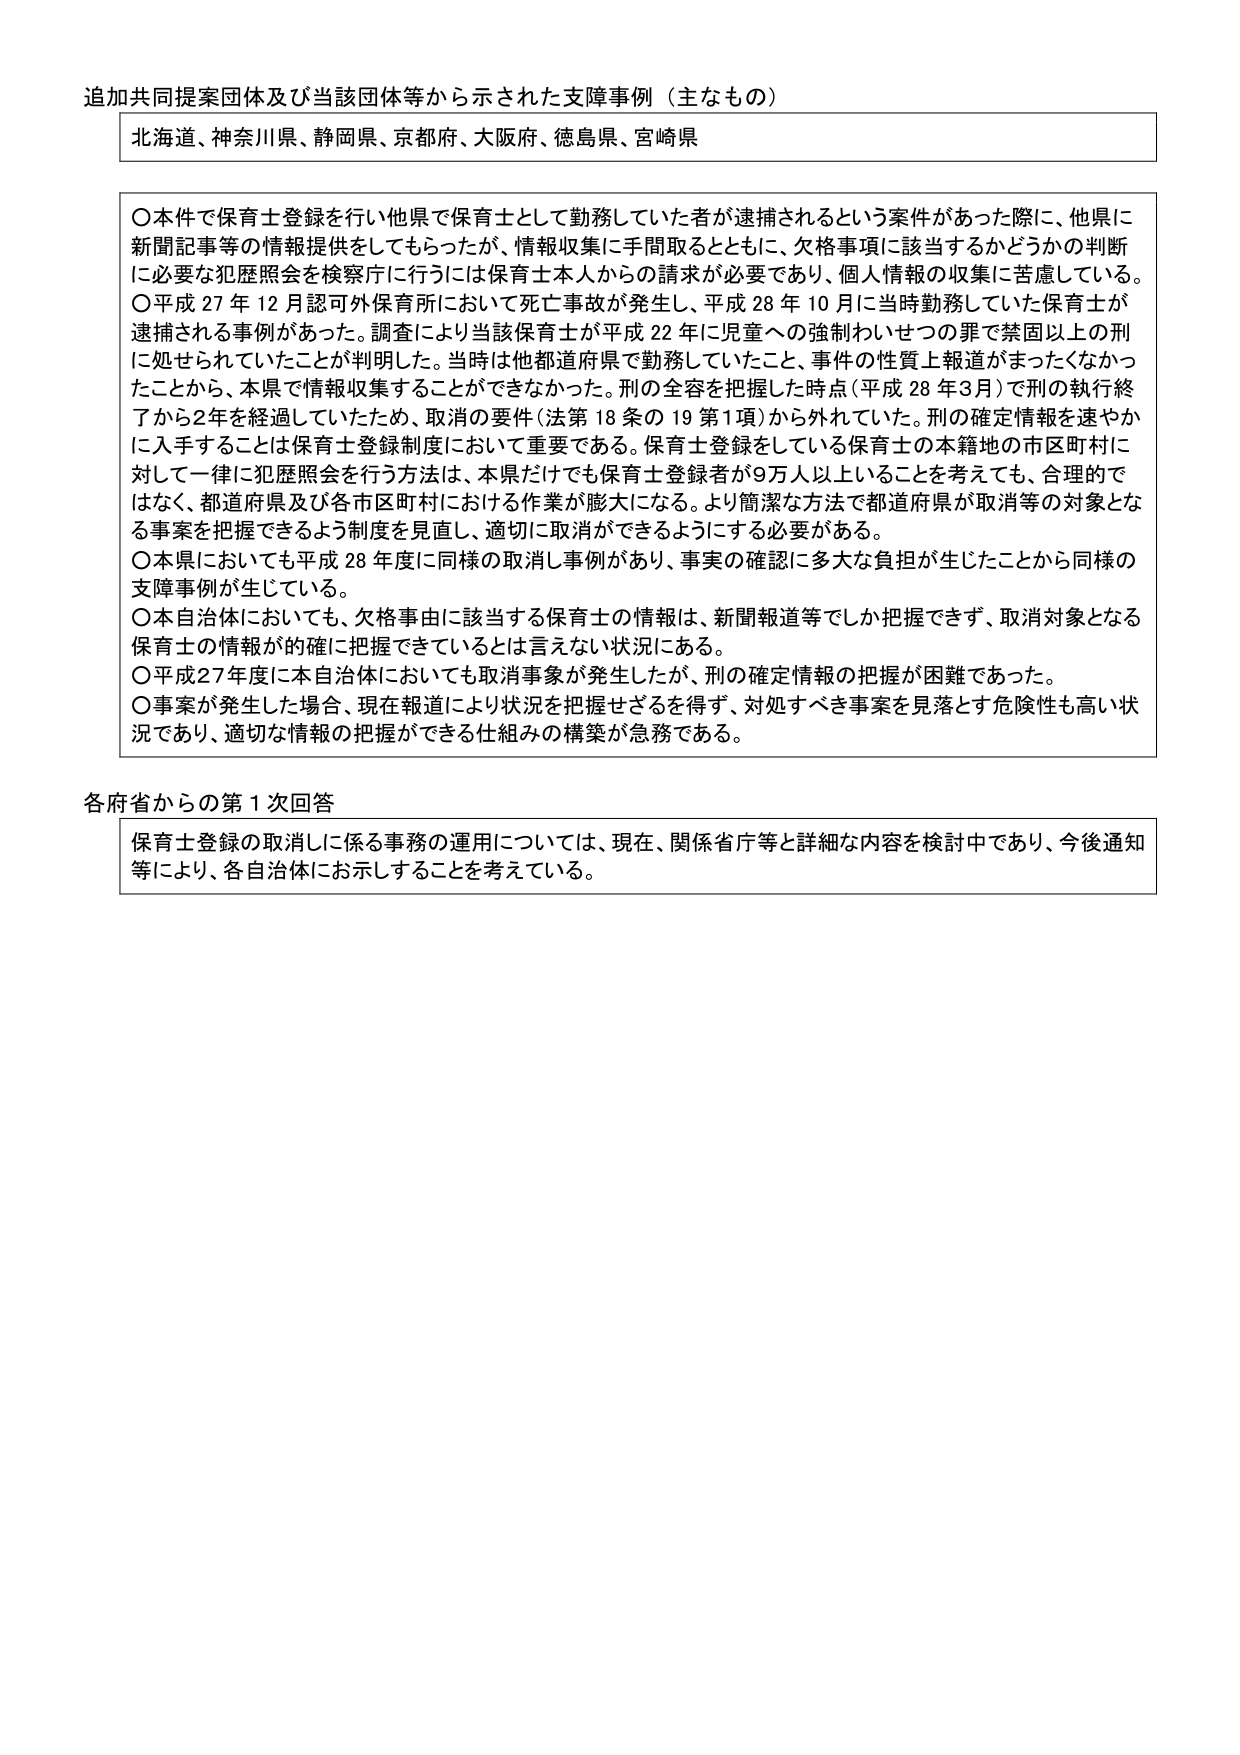
追加共同提案団体及び当該団体等から示された支障事例（主なもの）

北海道、神奈川県、静岡県、京都府、大阪府、徳島県、宮崎県

〇本件で保育士登録を行い他県で保育士として勤務していた者が逮捕されるという案件があった際に、他県に新聞記事等の情報提供をしてもらったが、情報収集に手間取るとともに、欠格事項に該当するかどうかの判断に必要な犯歴照会を検察庁に行うには保育士本人からの請求が必要であり、個人情報の収集に苦慮している。

〇平成27年12月認可外保育所において死亡事故が発生し、平成28年10月に当時勤務していた保育士が逮捕される事例があった。調査により当該保育士が平成22年に児童への強制わいせつの罪で禁固以上の刑に処せられていたことが判明した。当時は他都道府県で勤務していたこと、事件の性質上報道がまったくなかったことから、本県で情報収集することができなかった。刑の全容を把握した時点（平成28年3月）で刑の執行終了から2年を経過していたため、取消の要件（法第18条の19第1項）から外れていた。刑の確定情報を速やかに入手することは保育士登録制度において重要である。保育士登録をしている保育士の本籍地の市区町村に対して一律に犯歴照会を行う方法は、本県だけでも保育士登録者が9万人以上いることを考えても、合理的ではなく、都道府県及び各市区町村における作業が膨大になる。より簡潔な方法で都道府県が取消等の対象となる事案を把握できるよう制度を見直し、適切に取消ができるようにする必要がある。

〇本県においても平成28年度に同様の取消し事例があり、事実の確認に多大な負担が生じたことから同様の支障事例が生じている。

〇本自治体においても、欠格事由に該当する保育士の情報は、新聞報道等でしか把握できず、取消対象となる保育士の情報が確に把握できているとは言えない状況にある。

〇平成27年度に本自治体においても取消事象が発生したが、刑の確定情報の把握が困難であった。

〇事案が発生した場合、現在報道により状況を把握せざるを得ず、対処すべき事案を見落とす危険性も高い状況であり、適切な情報の把握ができる仕組みの構築が急務である。

各府省からの第1次回答

保育士登録の取消しに係る事務の運用については、現在、関係省庁等と詳細な内容を検討中であり、今後通知等により、各自治体にお示しすることを考えている。